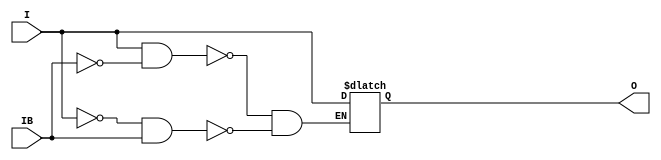
// $Header: /devl/xcs/repo/env/Databases/CAEInterfaces/verunilibs/data/unisims/IBUFDS_LVDS_25_DCI.v,v 1.5.158.1 2007/03/09 18:13:04 patrickp Exp $
///////////////////////////////////////////////////////////////////////////////
// Copyright (c) 1995/2004 Xilinx, Inc.
// All Right Reserved.
///////////////////////////////////////////////////////////////////////////////
//   ____  ____
//  /   /\/   /
// /___/  \  /    Vendor : Xilinx
// \   \   \/     Version : 8.1i (I.13)
//  \   \         Description : Xilinx Functional Simulation Library Component
//  /   /                  Differential Signaling Input Buffer with LVDS_25_DCI I/O Standard
// /___/   /\     Filename : IBUFDS_LVDS_25_DCI.v
// \   \  /  \    Timestamp : Thu Mar 25 16:42:24 PST 2004
//  \___\/\___\
//
// Revision:
//    03/23/04 - Initial version.
// End Revision

`timescale  100 ps / 10 ps


module IBUFDS_LVDS_25_DCI (O, I, IB);

    output O;

    input  I, IB;

    reg o_out;

    buf b_0 (O, o_out);

    always @(I or IB) begin
	if (I == 1'b1 && IB == 1'b0)
	    o_out <= I;
	else if (I == 1'b0 && IB == 1'b1)
	    o_out <= I;
    end


endmodule